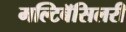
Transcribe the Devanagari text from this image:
मल्टिबॅसिलरी